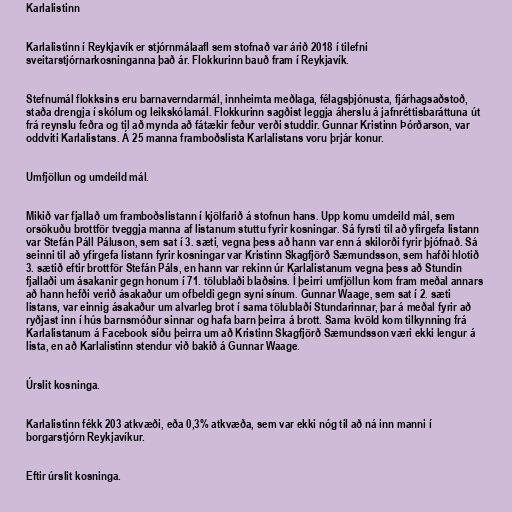
Karlalistinn

Karlalistinn í Reykjavík er stjórnmálaafl sem stofnað var árið 2018 í tilefni
sveitarstjórnarkosninganna það ár. Flokkurinn bauð fram í Reykjavík.

Stefnumál flokksins eru barnaverndarmál, innheimta meðlaga, félagsþjónusta, fjárhagsaðstoð,
staða drengja í skólum og leikskólamál. Flokkurinn sagðist leggja áherslu á jafnréttisbaráttuna út
frá reynslu feðra og til að mynda að fátækir feður verði studdir. Gunnar Kristinn Þórðarson, var
oddviti Karlalistans. Á 25 manna framboðslista Karlalistans voru þrjár konur.

Umfjöllun og umdeild mál.

Mikið var fjallað um framboðslistann í kjölfarið á stofnun hans. Upp komu umdeild mál, sem
orsökuðu brottför tveggja manna af listanum stuttu fyrir kosningar. Sá fyrsti til að yfirgefa listann
var Stefán Páll Páluson, sem sat í 3. sæti, vegna þess að hann var enn á skilorði fyrir þjófnað. Sá
seinni til að yfirgefa listann fyrir kosningar var Kristinn Skagfjörð Sæmundsson, sem hafði hlotið
3. sætið eftir brottför Stefán Páls, en hann var rekinn úr Karlalistanum vegna þess að Stundin
fjallaði um ásakanir gegn honum í 71. tölublaði blaðsins. Í þeirri umfjöllun kom fram meðal annars
að hann hefði verið ásakaður um ofbeldi gegn syni sínum. Gunnar Waage, sem sat í 2. sæti
listans, var einnig ásakaður um alvarleg brot í sama tölublaði Stundarinnar, þar á meðal fyrir að
ryðjast inn í hús barnsmóður sinnar og hafa barn þeirra á brott. Sama kvöld kom tilkynning frá
Karlalistanum á Facebook síðu þeirra um að Kristinn Skagfjörð Sæmundsson væri ekki lengur á
lista, en að Karlalistinn stendur við bakið á Gunnar Waage.

Úrslit kosninga.

Karlalistinn fékk 203 atkvæði, eða 0,3% atkvæða, sem var ekki nóg til að ná inn manni í
borgarstjórn Reykjavíkur.

Eftir úrslit kosninga.